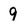
Character: 9